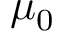
\mu _ { 0 }